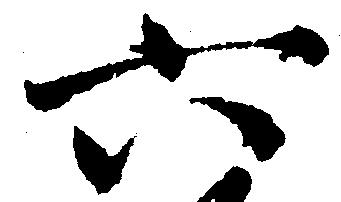
六